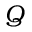
Q